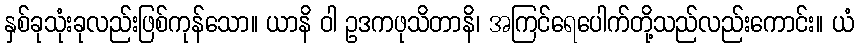
နှစ်ခုသုံးခုလည်းဖြစ်ကုန်သော။ ယာနိ ဝါ ဥဒကဖုသိတာနိ၊ အကြင်ရေပေါက်တို့သည်လည်းကောင်း။ ယံ